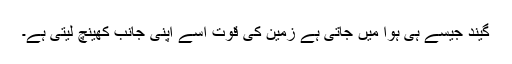
گیند جیسے ہی ہوا میں جاتی ہے زمین کی قوت اسے اپنی جانب کھینچ لیتی ہے۔